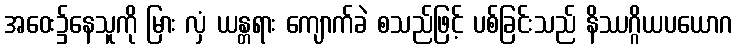
အဝေး၌နေသူကို မြား လှံ ယန္တရား ကျောက်ခဲ စသည်ဖြင့် ပစ်ခြင်းသည် နိဿဂ္ဂိယပယောဂ